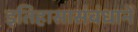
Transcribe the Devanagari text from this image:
इतिहासासंबंधानें